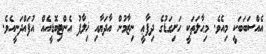
އެއްސަބަބަކީ މިއެވެ. މިޙާލަތަކީ ހަށިގަޑުގެ ދިފާޢީ ނިޒާމުން އާދަޔާއި ޚިލާފު އެންޓިބޮޑީއެއް އުފައްދަނީއެވެ.